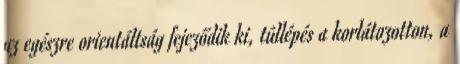
az egészre orientáltság fejeződik ki, túllépés a korlátozotton, a